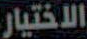
الاختيار